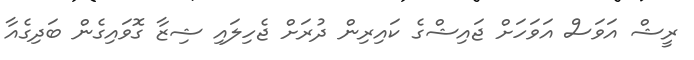
ރީޝް އަވަސް އަވަހަށް ޖައިޝްގެ ކައިރިން ދުރަށް ޖެހިލައި ޝިޒާ ގޮވައިގެން ބަދިގެއާ